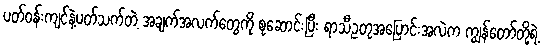
ပတ်ဝန်းကျင်နဲ့ပတ်သက်တဲ့ အချက်အလက်တွေကို စုဆောင်းပြီး ရာသီဥတုအပြောင်းအလဲက ကျွန်တော်တို့ရဲ့